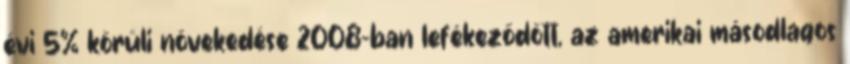
évi 5% körüli növekedése 2008-ban lefékeződött, az amerikai másodlagos